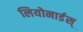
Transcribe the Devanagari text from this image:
लियोनार्डस्